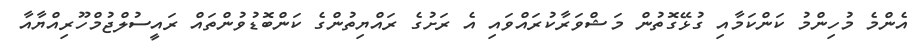
އެންމެ މުހިންމު ކަންކަމާއި ގުޅޭގޮތުން މަޝްވަރާކުރައްވައި އެ ރަށުގެ ރައްޔިތުންގެ ކަންބޮޑުވުންތައް ރައީސުލްޖުމްހޫރިއްޔާއާ